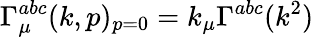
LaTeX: \Gamma_{\mu}^{abc}(k,p)_{p=0}=k_{\mu}\Gamma^{abc}(k^{2})